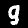
Label: 9